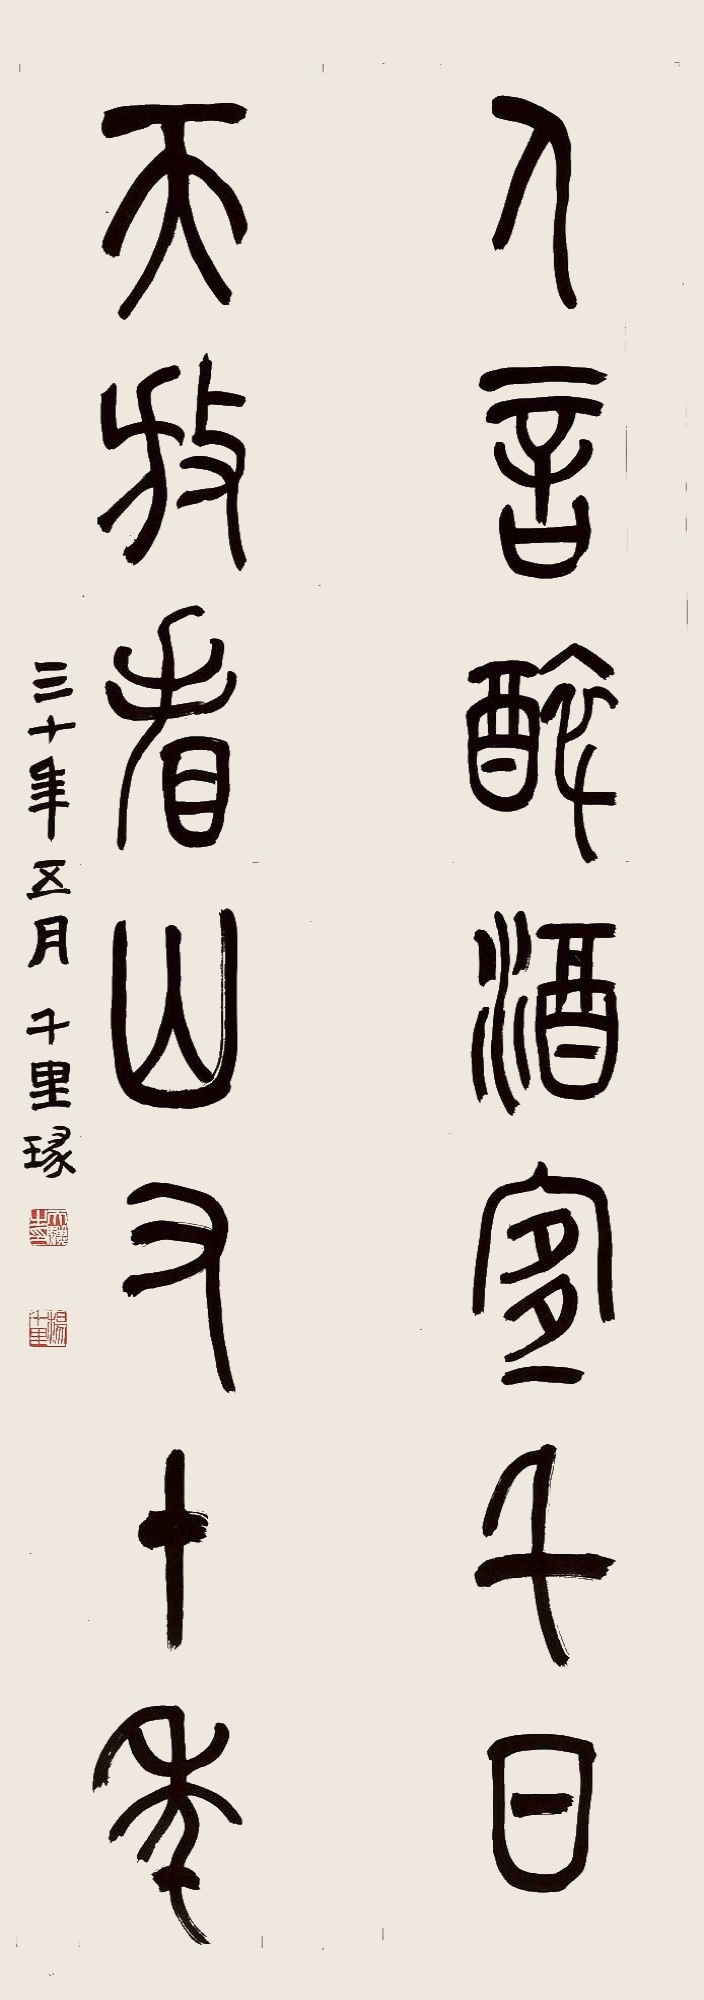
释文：人言醉酒宜千日，天放看山又十年。三十年五月，千里瑑。